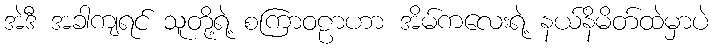
အဲဒီ အခါကျရင် သူတို့ရဲ့ စကြာဝဠာဟာ အိမ်ကလေးရဲ့ နယ်နိမိတ်ထဲမှာပဲ